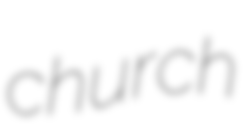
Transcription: church